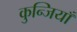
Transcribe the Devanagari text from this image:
कुन्जियाँ